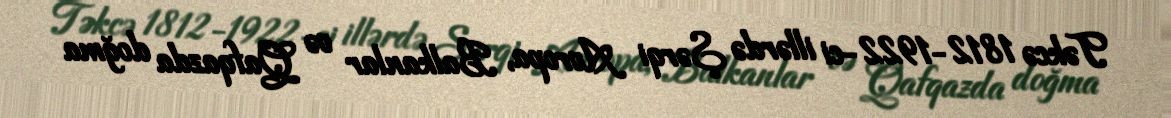
Təkcə 1812-1922-ci illərdə Şərqi Avropa, Balkanlar və Qafqazda doğma